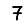
Digit: 7